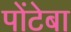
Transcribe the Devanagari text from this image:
पोंटेबा